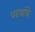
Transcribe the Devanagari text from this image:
परार्थाचे